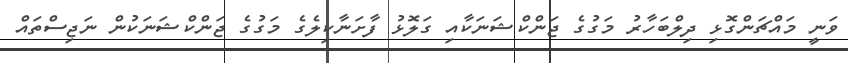
ވަނީ މައްޗަންގޮޅި ދިލްބަހާރު މަގުގެ ޖަންކްޝަނަކާއި ގަލޮޅު ފާށަނާކިލެގެ މަގުގެ ޖަންކްޝަނަކުން ނަޖިސްތައް